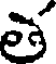
త